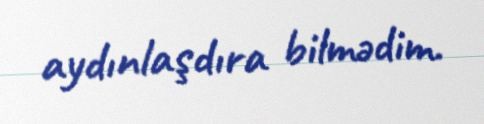
aydınlaşdıra bilmədim.